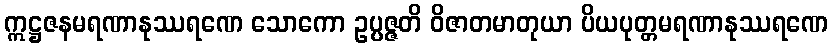
ဣဋ္ဌဇနမရဏာနုဿရဏေ သောကော ဥပ္ပဇ္ဇတိ ဝိဇာတမာတုယာ ပိယပုတ္တမရဏာနုဿရဏေ